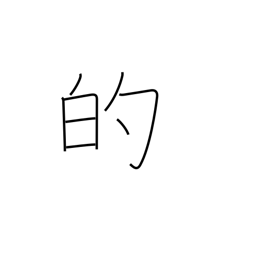
Meaning: adjective ending